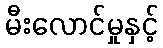
မီးလောင်မှုနှင့်